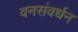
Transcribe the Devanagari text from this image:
वनसंवर्धन